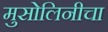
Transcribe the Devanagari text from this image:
मुसोलिनीचा